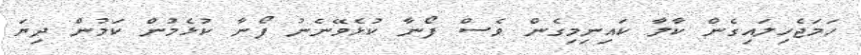
ހަމަޖެހިލައިގެން ކާލާ ކައިނިމިގެން ވެސް ފޯނާ ކުޅެވޭނެނު ފޯނާ ކުޅެމުން ކަމުން ދިޔަ